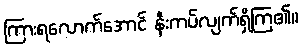
ကြားရလောက်အောင် နီးကပ်လျက်ရှိကြ၏။